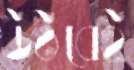
উঠবেই